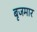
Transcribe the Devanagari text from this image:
बृजमार